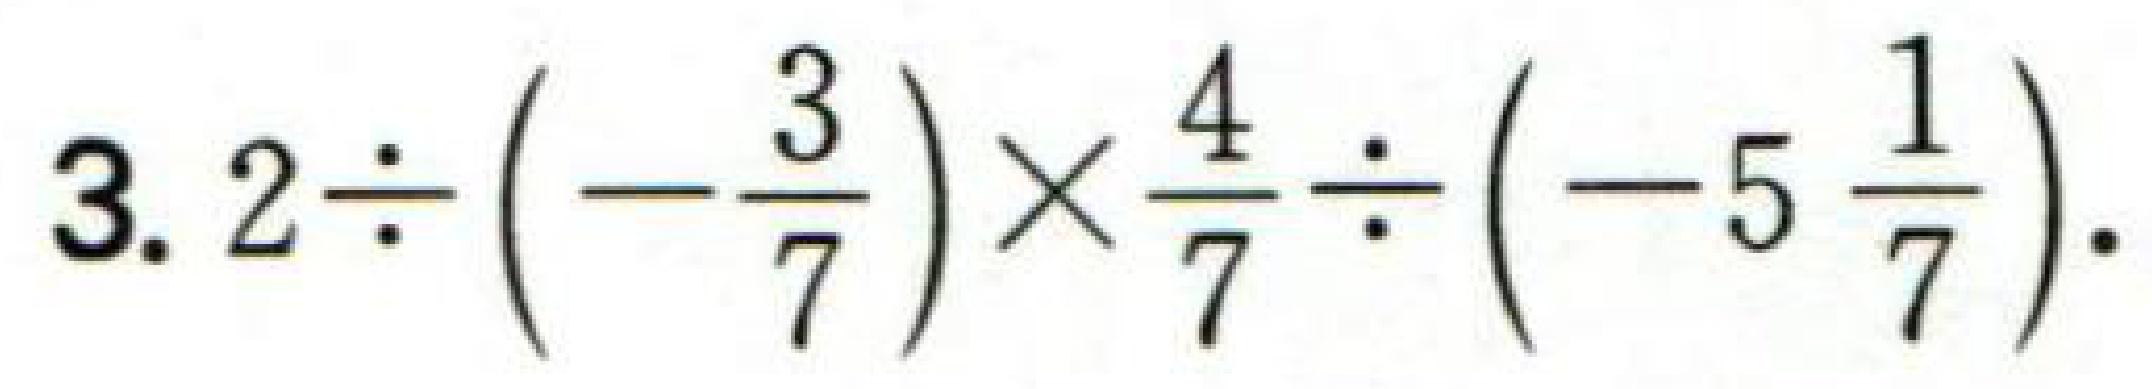
\(3.2\div(-\frac{3}{7})\times\frac{4}{7}\div(-5\frac{1}{7}).\)